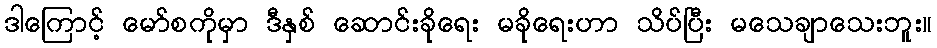
ဒါကြောင့် မော်စကိုမှာ ဒီနှစ် ဆောင်းခိုရေး မခိုရေးဟာ သိပ်ပြီး မသေချာသေးဘူး။